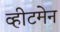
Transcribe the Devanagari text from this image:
व्हीटमेन